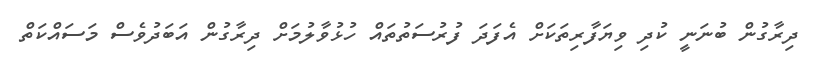
ދިރާގުން ބުނަނީ ކުދި ވިޔަފާރިތަކަށް އެފަދަ ފުރުސަތުތައް ހުޅުވާލުމަށް ދިރާގުން އަބަދުވެސް މަސައްކަތް